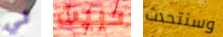
لي حييت وسنتحدث